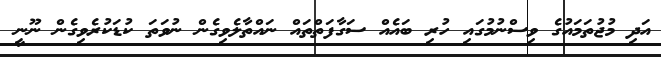
އަދި މުޖުތަމައުގެ ވިސްނުމުގައި ހުރި ބައެއް ސަގާފަތްތައް ނައްތާލެވިގެން ނުވަތަ ކުޑަކުރެވިގެން ނޫނީ